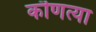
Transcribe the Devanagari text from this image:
कॊणत्या